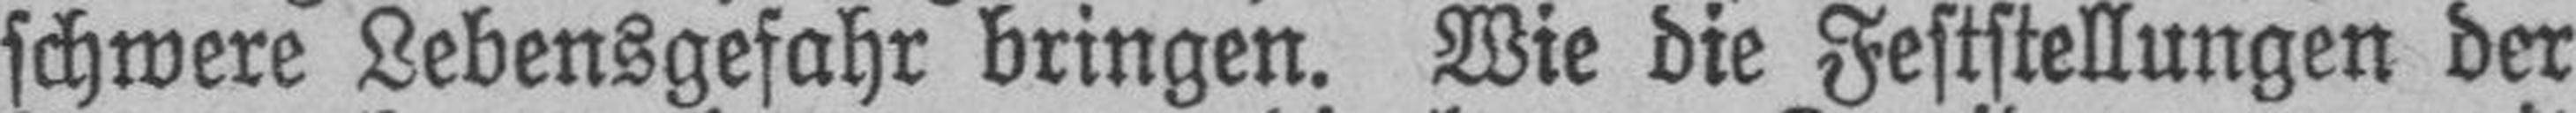
schwere Lebensgefahr bringen. Wie die Feststellungen der